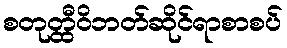
စတုတ္ထီဝိဘတ်ဆိုင်ရာစာစပ်